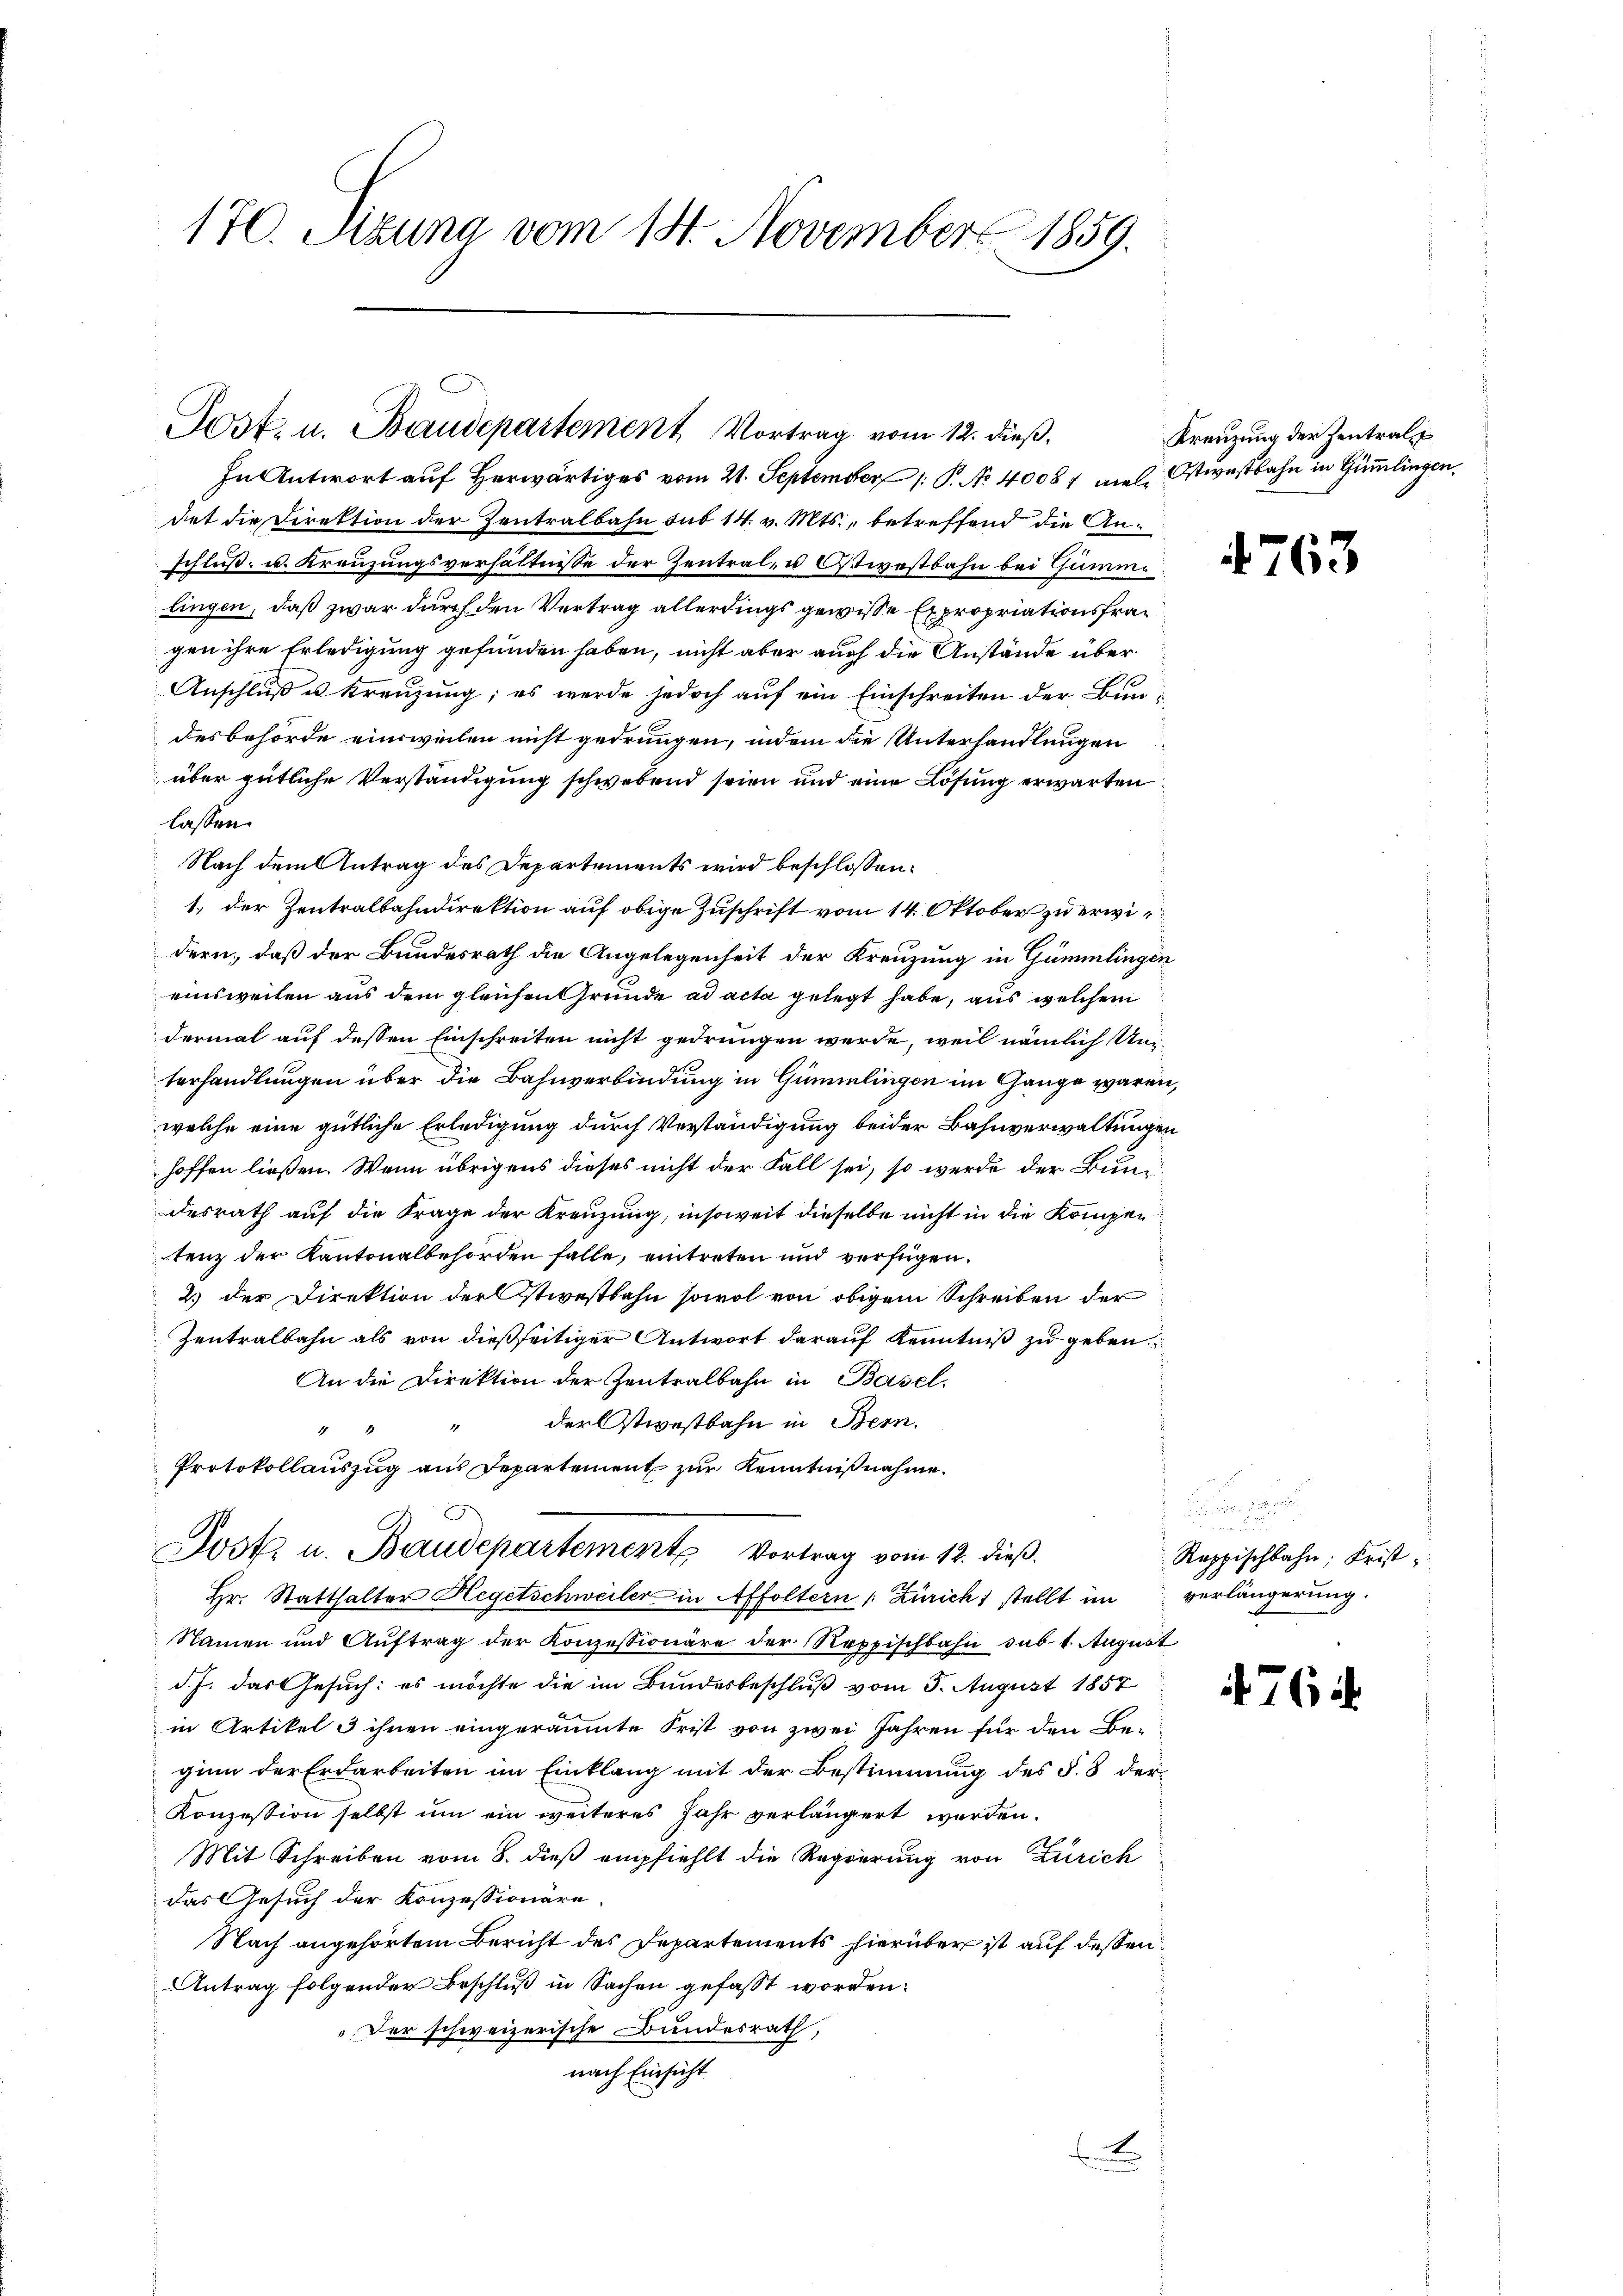
170. Sizung vom 14. November 1859.

Jost. u. Baudepartement Vortrag vom 12. dieß,

In Antwort auf Herwärtiges vom 21. September 1 P. No. 4008) viel Ostwestbahn in Gümmlingen,
det die Direktion der Zentralbahn sub 14. v. Mts., betreffend die Anschluß u. Kreuzungsverhältnisse der Zentral- u Ostwestbahn bei Gummlingen, daß zwar durch den Vertrag allerdings gewisse Expropriationsfragen ihre Erledigung gefunden haben, nicht aber auch die Anstände über
Anschluß u. Kreuzung; es werde jedoch auf ein Einschreiten der Bundesbehörde einweilen nicht gedrungen, indem die Unterhandlungen
über gütliche Verständigung schwebend seien und eine Lösung erwarten
lassen.
Nach dem Antrag des Departements wird beschlossen:
1. der Zentralbahndirektion auf obige Zuschrift vom 14. Oktober zu erwidern, daß der Bundesrath die Angelegenheit der Kreuzung in Gümmlingen
einsweilen aus dem gleichen Gründe ad acta gelegt habe, aus welchem
dermal auf dessen Einschreiten nicht gedrungen werde, weil nämlich Unterhandlungen über die Bahnverbindung in Gümmlingen im Gange waren,
welche eine gütliche Erledigung durch Verständigung beider Bahnverwaltungen
hoffen ließen. Wenn übrigens dieses nicht der Fall sei, so werde der Bundesrath auf die Frage der Kreuzung, insoweit dieselbe nicht in die Kompen
tenz der Kantonalbehörden falle, eintreten und verfügen.
2) der Direktion der stiestbahn sowol von obigem Schreiben der
Zentralbahn als von dießseitiger Antwort darauf Kenntniß zu geben.
An die Direktion der Zentralbahn in Basel.
der Ostwostbahn in Bern.
4
Protokollauszug aus Departement zur Kenntnißnahme.
Post. u. Baudepartemente Vortrag vom 12. dieß.
Hr. Statthalter Hegetschweiler in Affoltern (: Zürich stellt im
Namen und Aŭftrag der Konzessionäre der Reppischbahn sub 1. August
d. J. das Gesuch: es möchte die im Bundesbeschluß vom 5. August 1857
in Artikel 3 ihnen eingeräumte Frist von zwei Jahren für den Be-
ginn der Erdarbeiten im Einklang mit der Bestimmung des §. 8 der¬
Konzession selbst um ein weiteres Jahr verlängert werden.
Mit Schreiben vom 8. dieß empfiehlt die Regierung von Zürich
das Gesuch der Konzessionäre.
Nach angehörtem Bericht des Departements hierüber ist auf dessen
Antrag folgender Beschluß in Sachen gefasst worden:
„Der schweizerische Bundesrath,
nach Einsicht
f

Kreuzung der Zentral

4763

Roppischbahn; Frist,
verlängerung.

476 f.